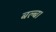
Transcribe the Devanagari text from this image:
बल्ब।